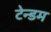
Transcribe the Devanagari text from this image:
टेन्डम